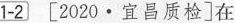
1-2[2020·宜昌质检]在